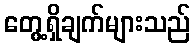
တွေ့ရှိချက်များသည်